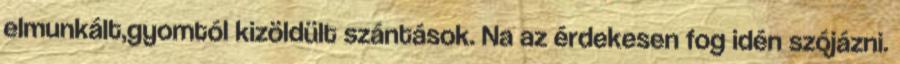
elmunkált,gyomtól kizöldült szántások. Na az érdekesen fog idén szójázni.